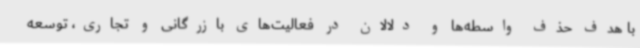
با هدف حذف واسطه‌ها و دلالان در فعالیت‌های بازرگانی و تجاری، توسعه